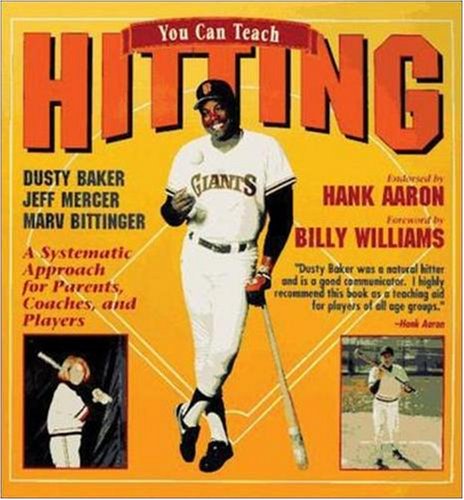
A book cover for You Can Teach Hitting: A Systematic Approach for Parents, Coaches, and Players; Dusty Baker; Sports & Outdoors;